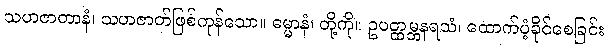
သဟဇာတာနံ၊ သဟဇာတ်ဖြစ်ကုန်သော။ ဓမ္မာနံ၊ တို့ကို။ ဥပတ္ထမ္ဘနရသံ၊ ထောက်ပံ့ခိုင်စေခြင်း